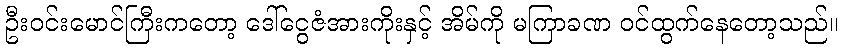
ဦးဝင်းမောင်ကြီးကတော့ ဒေါ်ငွေဇံအားကိုးနှင့် အိမ်ကို မကြာခဏ ဝင်ထွက်နေတော့သည်။